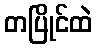
တပြိုင်ထဲ